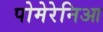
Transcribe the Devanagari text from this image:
पोमेरेनिआ